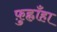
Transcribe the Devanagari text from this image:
फ़ुह्लाँहा